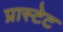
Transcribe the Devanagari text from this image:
प्रास्टेट